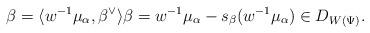
LaTeX: \begin{align*}\beta = \langle w^{-1}\mu_\alpha, \beta^\vee\rangle \beta = w^{-1}\mu_\alpha - s_\beta (w^{-1}\mu_\alpha)\in D_{W(\Psi)}. \end{align*}